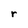
Character: r